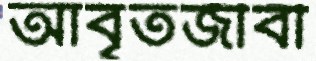
আবৃতজীবী